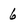
Character: 6